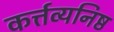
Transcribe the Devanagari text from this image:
कर्त्तव्यनिष्ठ